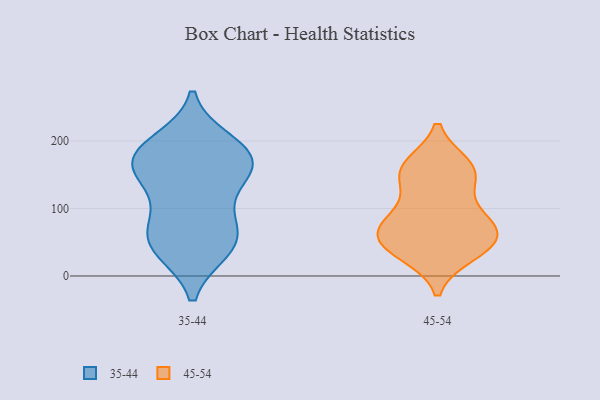
{"axis": {"x": "Market Share (%)", "y": "Value"}, "legend": ["35-44", "45-54"], "data": [{"x": "", "y": 62, "type": "35-44"}, {"x": "", "y": 44, "type": "35-44"}, {"x": "", "y": 147, "type": "35-44"}, {"x": "", "y": 148, "type": "35-44"}, {"x": "", "y": 176, "type": "35-44"}, {"x": "", "y": 42, "type": "35-44"}, {"x": "", "y": 174, "type": "35-44"}, {"x": "", "y": 188, "type": "35-44"}, {"x": "", "y": 93, "type": "35-44"}, {"x": "", "y": 39, "type": "35-44"}, {"x": "", "y": 75, "type": "35-44"}, {"x": "", "y": 149, "type": "35-44"}, {"x": "", "y": 179, "type": "35-44"}, {"x": "", "y": 198, "type": "35-44"}, {"x": "", "y": 51, "type": "45-54"}, {"x": "", "y": 44, "type": "45-54"}, {"x": "", "y": 34, "type": "45-54"}, {"x": "", "y": 90, "type": "45-54"}, {"x": "", "y": 158, "type": "45-54"}, {"x": "", "y": 85, "type": "45-54"}, {"x": "", "y": 50, "type": "45-54"}, {"x": "", "y": 149, "type": "45-54"}, {"x": "", "y": 162, "type": "45-54"}, {"x": "", "y": 60, "type": "45-54"}, {"x": "", "y": 79, "type": "45-54"}, {"x": "", "y": 151, "type": "45-54"}]}